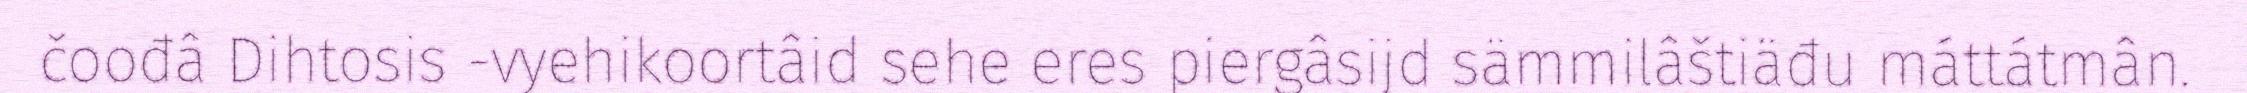
čoođâ Dihtosis -vyehikoortâid sehe eres piergâsijd sämmilâštiäđu máttátmân.